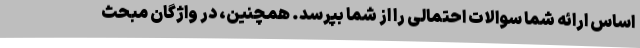
اساس ارائه شما سوالات احتمالی را از شما بپرسد. همچنین، در واژگان مبحث